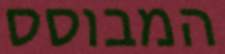
המבוסס